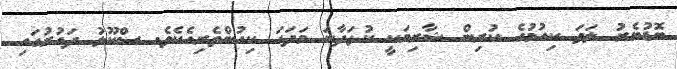
ބޮޑުބެރު ލަވަ ކިއުމުގެ ކުރިން ޝާރިމަކީ ކުޅަދާނަ މަދަހަ ކިއުންތެރިއެކެވެ. ސްކޫލު ދައުރުގައި